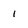
Character: 1